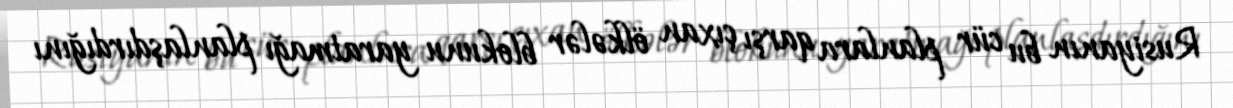
Rusiyanın bu cür planlara qarşı çıxan ölkələr blokunu yaratmağı planlaşdırdığını